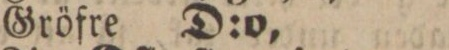
Gröfre D:o,